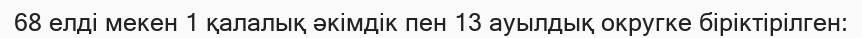
68 елді мекен 1 қалалық әкімдік пен 13 ауылдық округке біріктірілген: